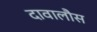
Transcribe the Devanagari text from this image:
दावालौस